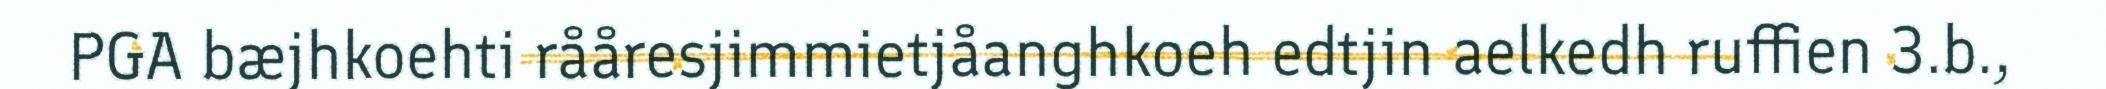
PGA bæjhkoehti rååresjimmietjåanghkoeh edtjin aelkedh ruffien 3.b.,